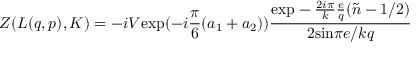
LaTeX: { \cal Z } ( L ( q , p ) , K ) = - i V \mathrm { e x p } ( - i \frac { \pi } { 6 } ( a _ { 1 } + a _ { 2 } ) ) \frac { \mathrm { e x p } - \frac { 2 i \pi } { k } \frac { e } { q } ( \tilde { n } - 1 / 2 ) } { 2 \mathrm { s i n } \pi e / k q }